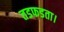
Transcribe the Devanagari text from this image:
तडफडता।